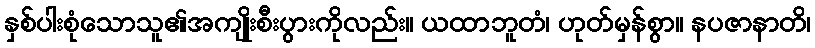
နှစ်ပါးစုံသောသူ၏အကျိုးစီးပွားကိုလည်း။ ယထာဘူတံ၊ ဟုတ်မှန်စွာ။ နပဇာနာတိ၊